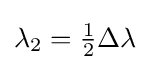
\lambda _{2}={\tfrac {1}{2}}\Delta \lambda